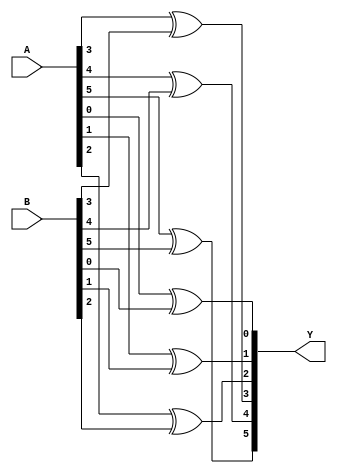
module MOD_XOR_2x6b(
    input [5:0] A,
    input [5:0] B,
    output [5:0] Y
);

    assign Y[0] = A[0] ^ B[0];
    assign Y[1] = A[1] ^ B[1];
    assign Y[2] = A[2] ^ B[2];
    assign Y[3] = A[3] ^ B[3];
    assign Y[4] = A[4] ^ B[4];
    assign Y[5] = A[5] ^ B[5];

endmodule